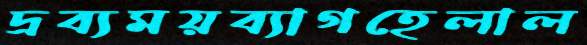
দ্রব্যময়ব্যাগহেলাল